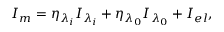
{ { I _ { m } } } = { { \eta } _ { { { \lambda } _ { i } } } } { { I } _ { { { \lambda } _ { i } } } } + { { \eta } _ { { { \lambda } _ { 0 } } } } { { I } _ { { { \lambda } _ { 0 } } } } + I _ { e l } ,